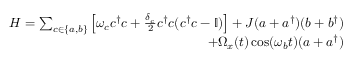
\begin{array} { r } { H = \sum _ { c \in \{ a , b \} } \left[ \omega _ { c } c ^ { \dagger } c + \frac { \delta _ { c } } { 2 } c ^ { \dagger } c ( c ^ { \dagger } c - \mathbb { I } ) \right] + J ( a + a ^ { \dagger } ) ( b + b ^ { \dagger } ) } \\ { + \Omega _ { x } ( t ) \cos ( \omega _ { b } t ) ( a + a ^ { \dagger } ) } \end{array}